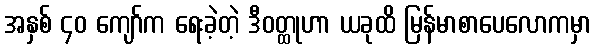
အနှစ် ၄၀ ကျော်က ရေးခဲ့တဲ့ ဒီဝတ္ထုဟာ ယခုထိ မြန်မာစာပေလောကမှာ